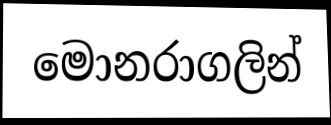
මොනරාගලින්